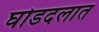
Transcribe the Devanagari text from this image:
घोडदलात